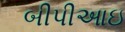
બીપીઆઇ